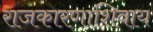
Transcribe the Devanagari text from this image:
राजकारणाशिवाय